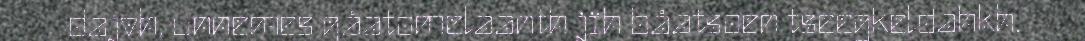
dajvh, unnemes gåatomelaanth jïh båatsoen tseegkeldahkh.